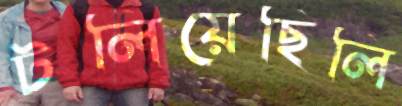
টলিয়েছিলি